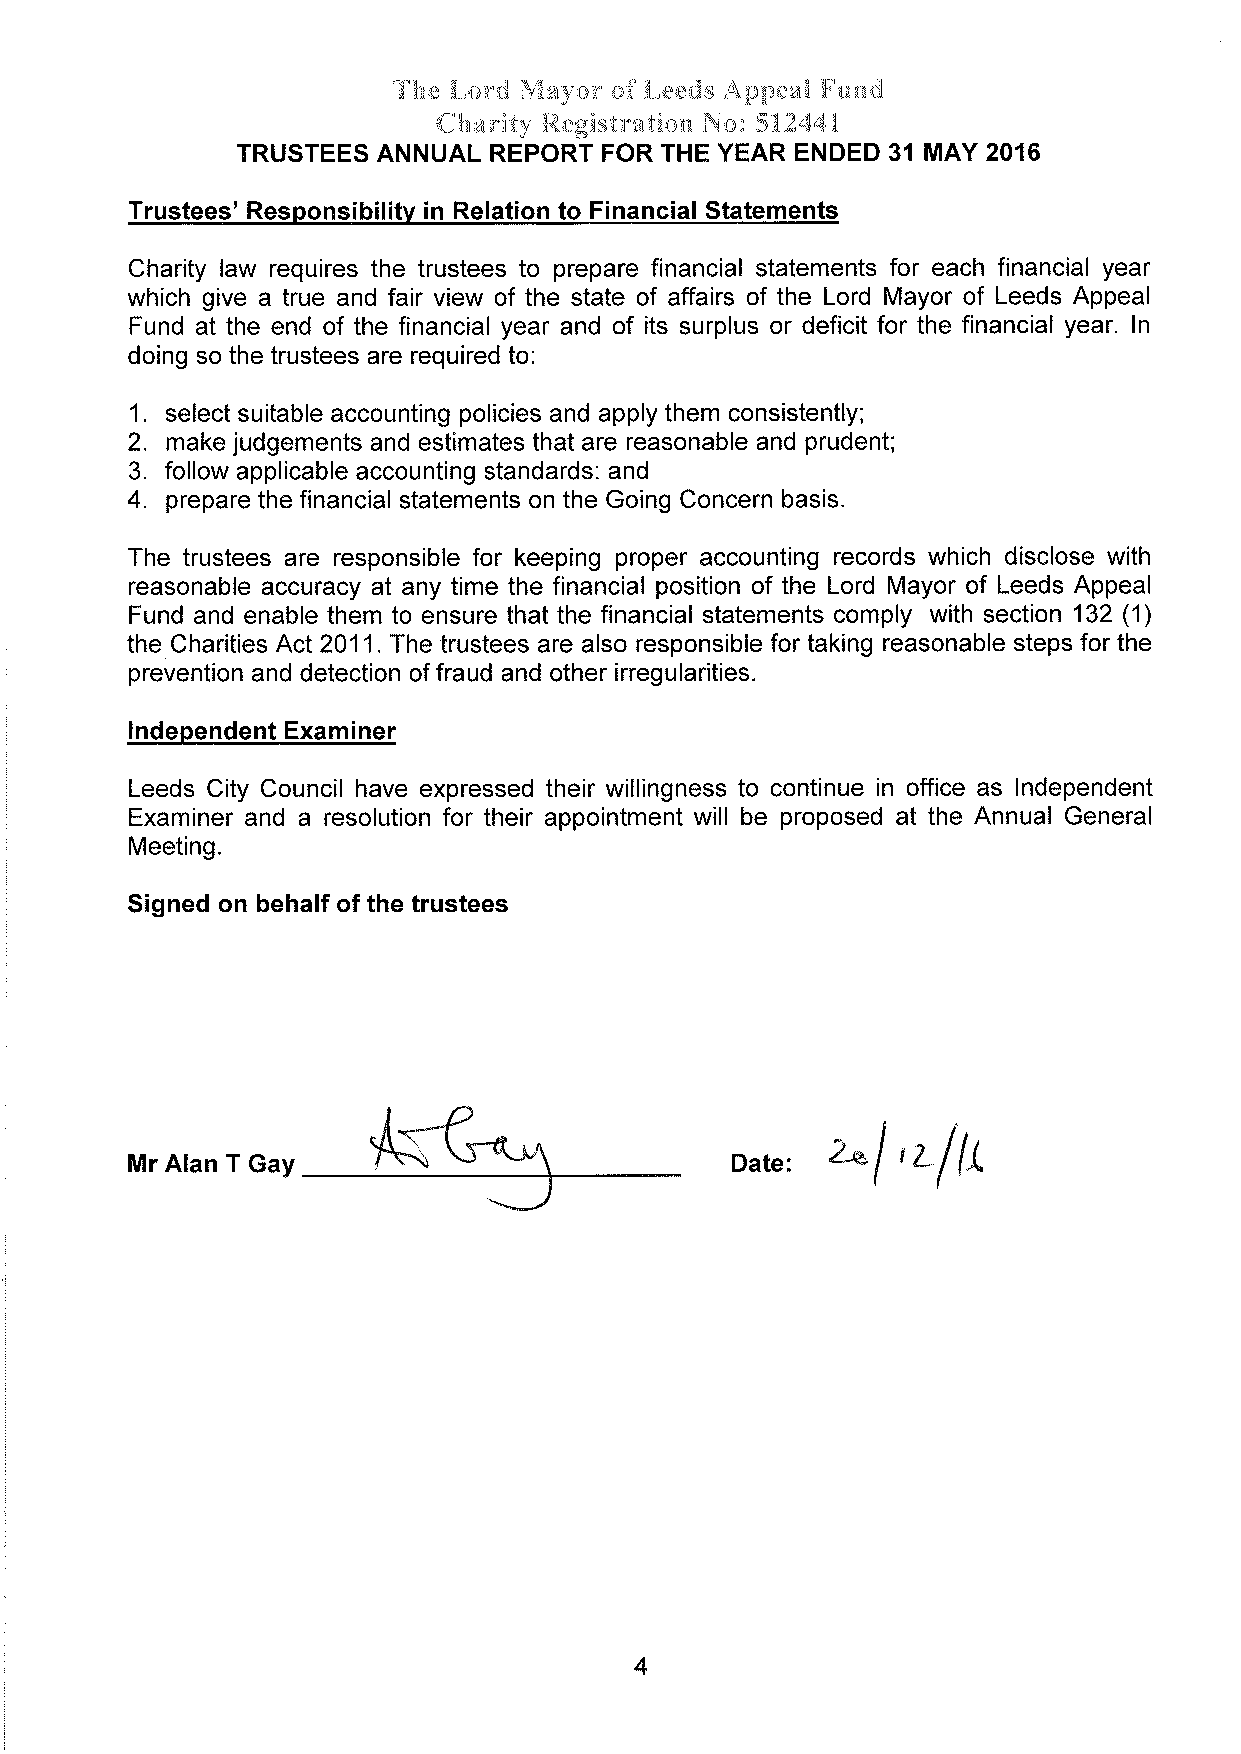
The Lord Mayor of Leeds Appeal Fund
 Charify Registration No: 512441
 TRUSTEES ANNUAL REPORT  FOR THE YEAR ENDED 31 MAY 2016
 Trustees' Responsibilitv in Relation to Financial Statements
 Charity law requires the trustees to prepare financial statements for each financial year
 which give a true and fair view of the state of affairs of the Lord Mayor of Leeds Appeal
 Fund at the end of the financial year and of its surplus or deficit for the financial year. ln
 doing so the trustees are required to:
 1. select suitable accounting policies and apply them consistently;
 2. make judgements and estimates that are reasonable and prudent;
 3. follow applicable accounting standards: and
 4.
 prepare the financial statements on the Going Concern basis.
 The trustees are responsible for keeping proper accounting records which disclose with
 reasonable accuracy at any time the financial position of the Lord Mayor of Leeds Appeal
 Fund and enable them to ensure that the financial statements comply with section 132 (1)
 the Charities Act 2011. The trustees are also responsible for taking reasonable steps for the
 prevention and detection of fraud and other irregutarities.
 lndependent Examiner
 Leeds City Council have expressed their willingness to continue in office as lndependent
 Examiner and a resolution for their appointment will be proposed at the Annual General
 Meeting.
 Signed on behalf of the trustees
 Date:  2Å      tr
 Mr AIan T Gay                                     l,z-f
 4